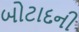
બોટાદની